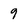
Character: 9